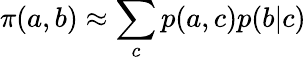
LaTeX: \pi(a,b)\approx\sum_{c}p(a,c)p(b|c)